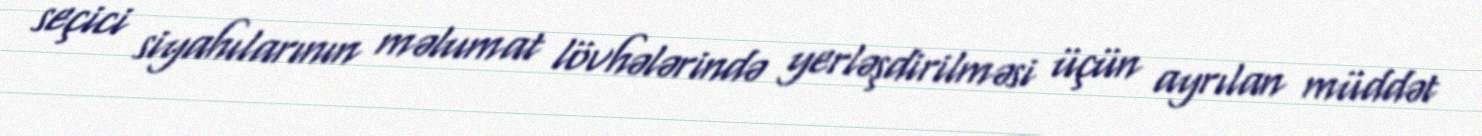
seçici siyahılarının məlumat lövhələrində yerləşdirilməsi üçün ayrılan müddət